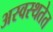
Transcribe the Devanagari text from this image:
अस्वस्थतेत